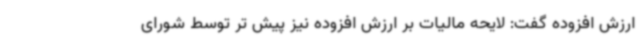
ارزش افزوده گفت: لایحه مالیات بر ارزش افزوده نیز پیش تر توسط شورای